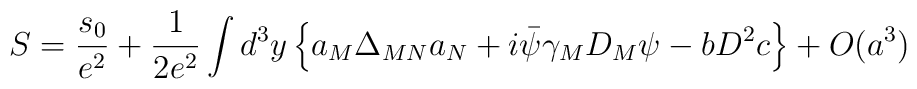
S = \frac{s_0}{e^2} + \frac{1}{2e^2} \int d^3 y\left\{ a_M \Delta_{MN} a_N + i \bar\psi \gamma_M D_M \psi- b D^2 c \right\} + O(a^3)